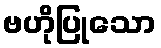
ဗဟိုပြုသော